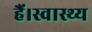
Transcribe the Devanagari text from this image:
हैं।स्वास्थ्य